Annual report on the working of the mental hospitals in the Madras Presidency - 1912-1932
Year: 1912
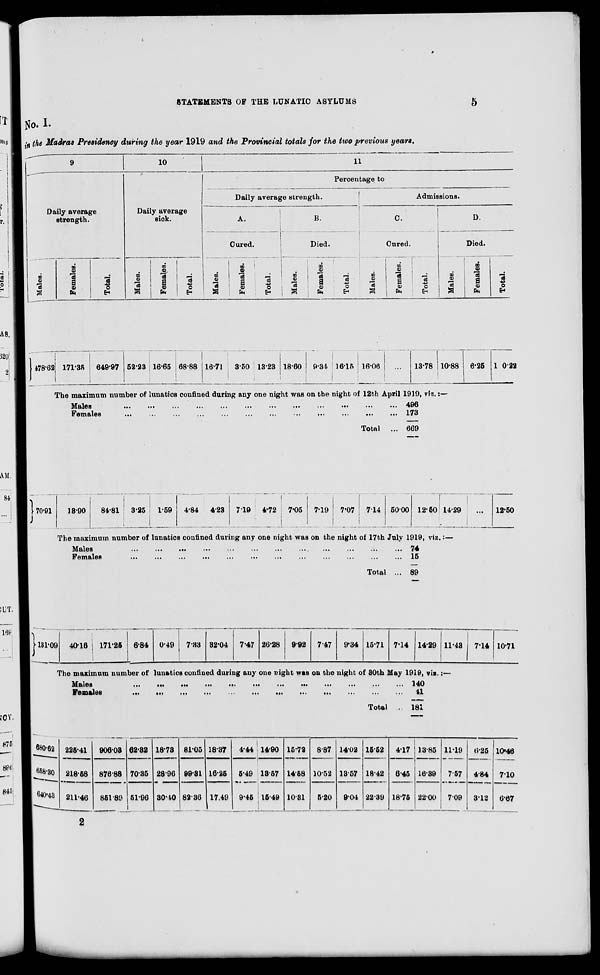
STATEMENTS OF THE LUNATIC ASYLUMS
5
No. I.
in the Madras Presidency during the year 1919 and the Provincial totals for the two previous years.
9
Daily average
strength.
Males.
478.62
Females.
171.35
Total.
649.97
10
Daily average
sick.
Males.
52.23
Females.
16.65
Total.
68.88
11
Percentage to
Daily average strength.
A.
Cured.
Males.
16.71
Females.
3.50
Total.
13.23
B.
Died.
Males.
18.60
Females.
9.34
Total.
16.15
Admissions.
C.
Cured.
Males.
16.06
Females.
...
Total.
13.78
D.
Died.
Males.
10.88
Females.
6.25
Total.
1 0.22
The maximum number of lunatics confined during any one night was on the night of 12th April 1919, viz.:—
Males
...
...
...
...
...
...
...
...
...
...
...
...
Females
...
...
...
...
...
...
...
...
...
...
...
...
Total ...
496
173
669
70.91
13.90
84.81 3.25
1.59
4.84
4.23 7.19 4.72
7.05
7.19
7.07
7.14 50.00 12.50 14.29
...
12.50
The maximum number of lunatics confined during any one night was on the night of 17th July 1919, viz.:—
Males
...
...
...
...
...
...
...
...
...
...
...
...
Females
...
...
...
...
...
...
...
...
...
...
...
...
Total ...
74
15
89
131.09 40.16
171.25 6.84 0.49
7.33 32.04
7.47 26.28 9.92
7.47
9.34 15.71 7.14 14.29 11.43
7.14 10.71
The maximum number of lunatics confined during any one night was on the night of 30th May 1919, viz.:—
Males
...
...
...
...
...
...
...
...
...
...
...
...
Females
...
...
...
...
...
...
...
...
...
...
...
...
Total ...
140
41
181
680.62
658.30
640.43
225.41
218.58
211.46
906.03
876.88
851.89
62.32
70.35
51.96
18.73
28.96
30.40
81.05
99.31
82.36
18.37
16.25
17.49
4.44
5.49
9.45
14.90
13.57
15.49
15.72
14.58
10.31
8.87
10.52
5.20
14.02
13.57
9.04
15.52
18.42
22.39
4.17
6.45
18.75
13.85
16.39
22.00
11.19
7.57
7.09
6.25
4.84
3.12
10.46
7.10
6.67
2